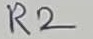
Text: R2